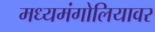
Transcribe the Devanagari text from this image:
मध्यमंगोलियावर